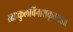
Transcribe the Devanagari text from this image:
रक्षःकुलविनाशकृत्‌॥८॥